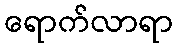
ရောက်လာရာ